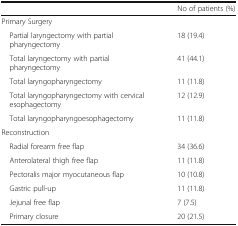
<table><thead><tr><td>[EMPTY_CELL]</td><td><b>No of patients (%)</b></td></tr></thead><tbody><tr><td colspan="2">Primary Surgery</td></tr><tr><td> Partial laryngectomy with partial pharyngectomy</td><td>18 (19.4)</td></tr><tr><td> Total laryngectomy with partial pharyngectomy</td><td>41 (44.1)</td></tr><tr><td> Total laryngopharyngectomy</td><td>11 (11.8)</td></tr><tr><td> Total laryngopharyngectomy with cervical esophagectomy</td><td>12 (12.9)</td></tr><tr><td> Total laryngopharyngoesophagectomy</td><td>11 (11.8)</td></tr><tr><td colspan="2">Reconstruction</td></tr><tr><td> Radial forearm free flap</td><td>34 (36.6)</td></tr><tr><td> Anterolateral thigh free flap</td><td>11 (11.8)</td></tr><tr><td> Pectoralis major myocutaneous flap</td><td>10 (10.8)</td></tr><tr><td> Gastric pull-up</td><td>11 (11.8)</td></tr><tr><td> Jejunal free flap</td><td>7 (7.5)</td></tr><tr><td> Primary closure</td><td>20 (21.5)</td></tr></tbody></table>